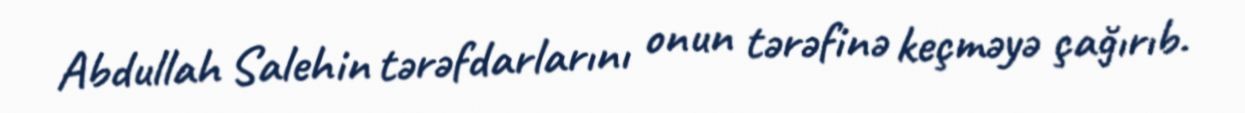
Abdullah Salehin tərəfdarlarını onun tərəfinə keçməyə çağırıb.